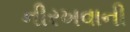
નીરખવાની